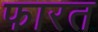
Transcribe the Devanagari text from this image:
फारत